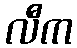
လီက